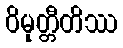
ဝိမုတ္တီတိဿ